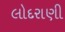
લોદરાણી